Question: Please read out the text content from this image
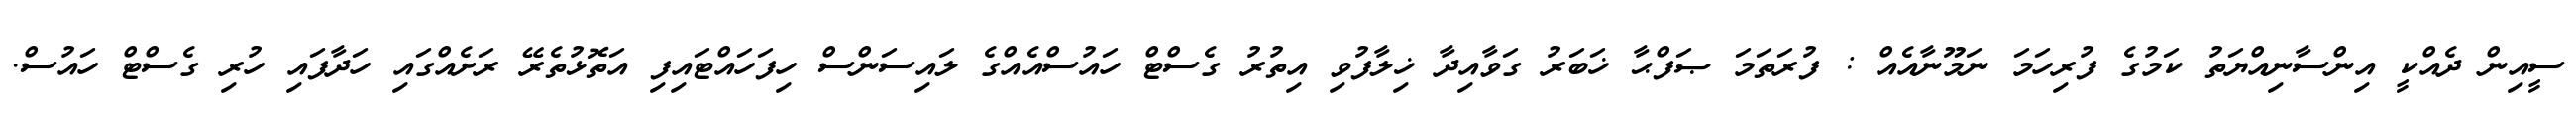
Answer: ސީއިން ދެއްކީ އިންސާނިއްޔަތު ކަމުގެ ފުރިހަމަ ނަމޫނާއެއް : ފުރަތަމަ ޞަފްޙާ ޚަބަރު ގަވާއިދާ ޚިލާފުވި އިތުރު ގެސްޓް ހައުސްއެއްގެ ލައިސަންސް ހިފަހައްޓައިފި އަތޮޅުތެރޭ ރަށެއްގައި ހަދާފައި ހުރި ގެސްޓް ހައުސް.